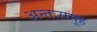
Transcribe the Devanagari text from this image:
अन्तःसमूह